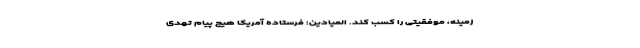
زمینه، موفقیتی را کسب کند. المیادین: فرستاده آمریکا هیچ پیام تهدی